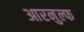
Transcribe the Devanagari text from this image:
आरनुल्फ